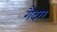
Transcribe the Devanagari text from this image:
गैदरर